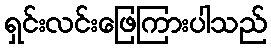
ရှင်းလင်းဖြေကြားပါသည်